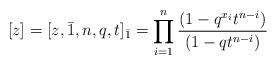
LaTeX: \begin{align*}[z] = [z, \bar 1, n, q, t]_{\bar 1} = \prod_{i=1}^n \dfrac{(1-q^{x_i} t^{n-i} )}{(1-qt^{n-i} )} \end{align*}